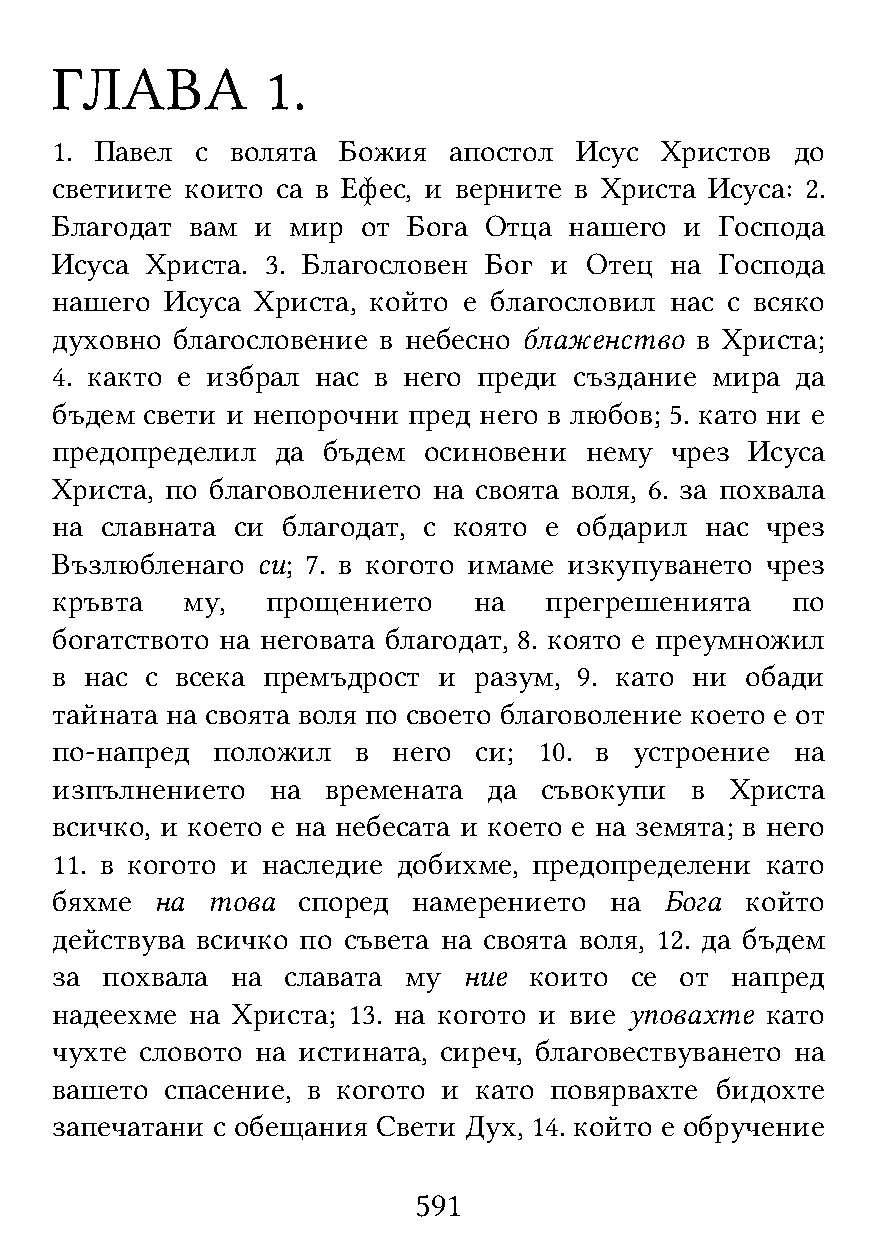
ГЛАВА          1.
 1. Павел  с волята Божия   апостол Исус  Христов  до
 светиите които са в Ефес, и верните в Христа Исуса: 2.
 Благодат  вам и мир  от Бога Отца  нашего и  Господа
 Исуса  Христа. 3. Благословен Бог и Отец на  Господа
 нашего  Исуса Христа, който е благословил нас с всяко
 духовно благословение в небесно блаженство в Христа;
 4. както е избрал нас в него преди създание мира  да
 бъдем свети и непорочни пред него в любов; 5. като ни е
 предопределил  да бъдем  осиновени  нему чрез  Исуса
 Христа, по благоволението на своята воля, 6. за похвала
 на  славната си благодат, с която е обдарил нас чрез
 Възлюбленаго  си; 7. в когото имаме изкупуването чрез
 кръвта   му,   прощението   на   прегрешенията   по
 богатството на неговата благодат, 8. която е преумножил
 в  нас с всека премъдрост и разум, 9. като ни обади
 тайната на своята воля по своето благоволение което е от
 по-напред  положил   в него си;  10. в устроение  на
 изпълнението   на  времената да  съвокупи  в Христа
 всичко, и което е на небесата и което е на земята; в него
 11. в когото и наследие добихме, предопределени като
 бяхме  на  това  според намерението  на  Бога който
 действува всичко по съвета на своята воля, 12. да бъдем
 за  похвала на  славата му  ние които  се от напред
 надеехме  на Христа; 13. на когото и вие уповахте като
 чухте словото на истината, сиреч, благовествуването на
 вашето  спасение, в когото и като повярвахте бидохте
 запечатани с обещания Свети Дух, 14. който е обручение
 591